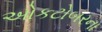
ઓકટોબરના